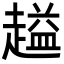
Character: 𬦜